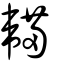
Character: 𣡖